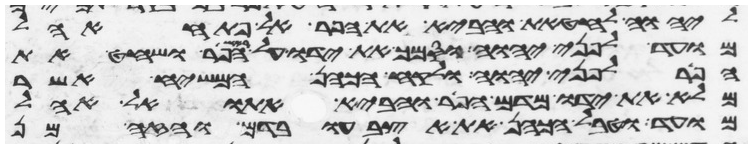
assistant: ליהוה לחטאת והביא את הפר אל פתח אהל
מועד לפני יהוה וסמך את ידו על ראש הפר ושחט את
הפר לפני יהוה ולקח הכהן המשיח אשר
מלא את ידו מדם הפר והביא אתו אל אהל
מועד וטבל הכהן את אצבעו בדם והזה מן